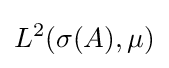
L^{2}(\sigma (A),\mu )